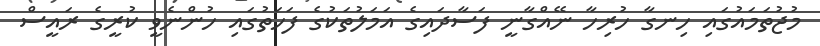
މުޖުތަމައުގައި ހިނގާ ހުރިހާ ނޭއްގާނީ ފަސާދައިގެ އަމަލުތަކުގެ ފަހަތުގައި ހުންނެވީ ކުރީގެ ރައީސް